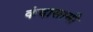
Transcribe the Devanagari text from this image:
कंदासामी